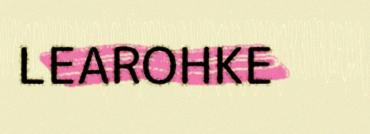
LEAROHKE